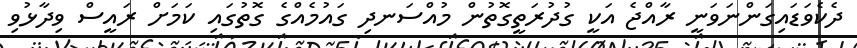
ދެކެވަޑައިގަންނަވަނީ ރާއްޖެ އަކީ ގުދުރަތީގޮތުން މުއްސަނދި ގައުމެއްގެ ގޮތުގައި ކަމަށް ރައީސް ވިދާޅުވި